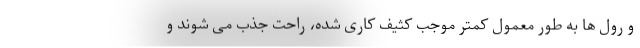
و رول ها به طور معمول کمتر موجب کثیف کاری شده، راحت جذب می شوند و